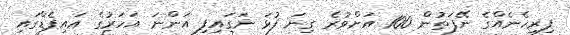
ފިރިހެނެއްގެ ނޭފަތުން 100 އަށްވުރެ ގިނަ ފުޅަ ނަގައިފި އަންނަ އަހަރުގެ އައިޕެޑްގައި